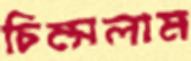
চিম্‌সলাম